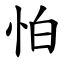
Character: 怕